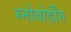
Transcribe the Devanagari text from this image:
स्नोबोर्डींग